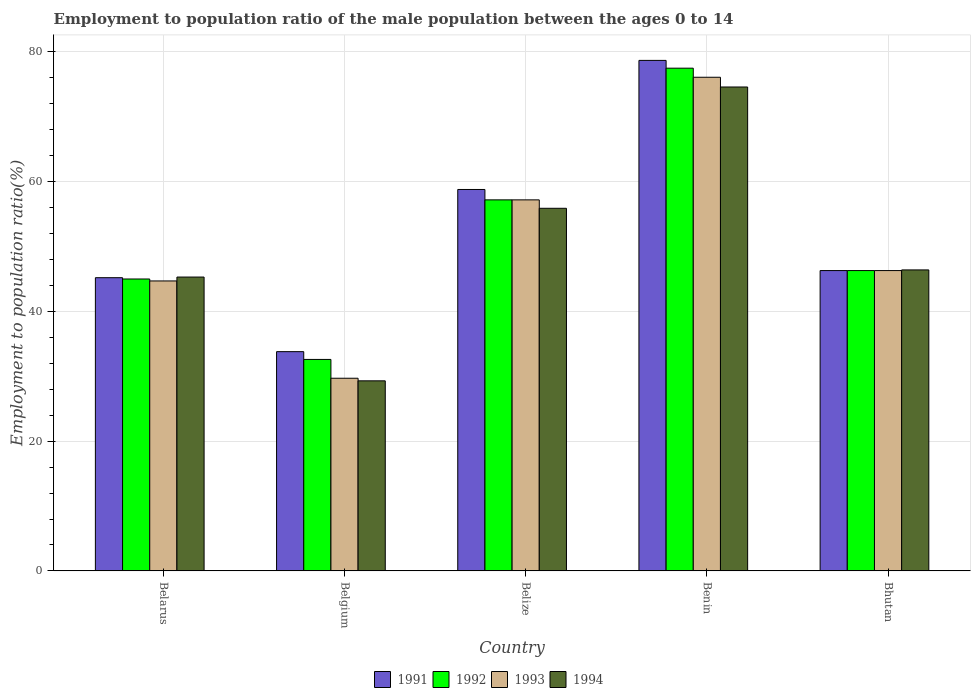
| Country | 1991 | 1992 | 1993 | 1994 |
 | --- | --- | --- | --- | --- |
 | Belarus | 45.2 | 45 | 44.7 | 45.3 |
 | Belgium | 33.8 | 32.6 | 29.7 | 29.3 |
 | Belize | 58.8 | 57.2 | 57.2 | 55.9 |
 | Benin | 78.7 | 77.5 | 76.1 | 74.6 |
 | Bhutan | 46.3 | 46.3 | 46.3 | 46.4 |